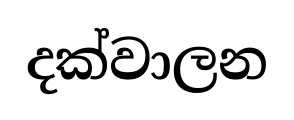
දක්වාලන